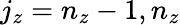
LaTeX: j_{z}=n_{z}-1,n_{z}